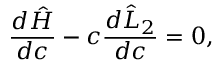
\frac { d \hat { H } } { d c } - c \frac { d \hat { L } _ { 2 } } { d c } = 0 ,